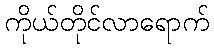
ကိုယ်တိုင်လာရောက်